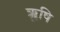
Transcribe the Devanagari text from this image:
ॠृषि